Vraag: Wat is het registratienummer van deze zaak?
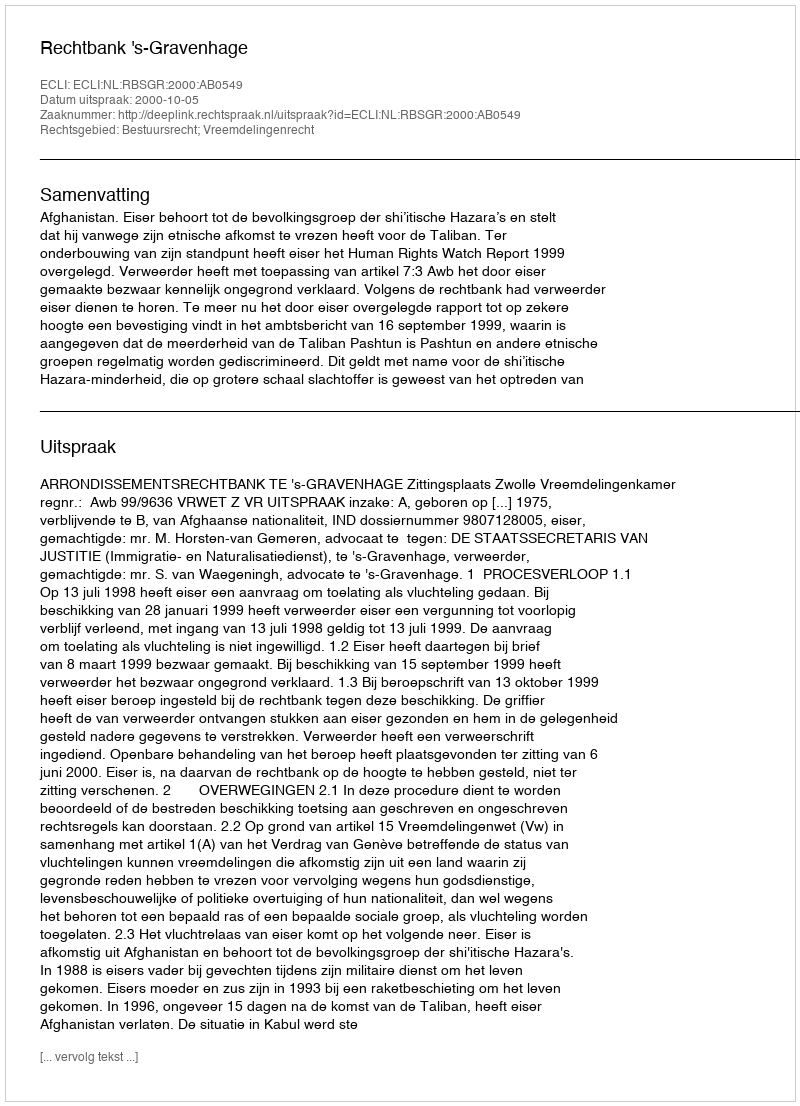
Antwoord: http://deeplink.rechtspraak.nl/uitspraak?id=ECLI:NL:RBSGR:2000:AB0549